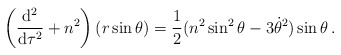
\begin{align*}\left({{{\rm d}^2}\over{{\rm d}\tau^2}}+ n^2\right)(r\sin\theta)={1\over2}(n^2\sin^2\theta - 3\dot\theta^2)\sin\theta\,.\end{align*}